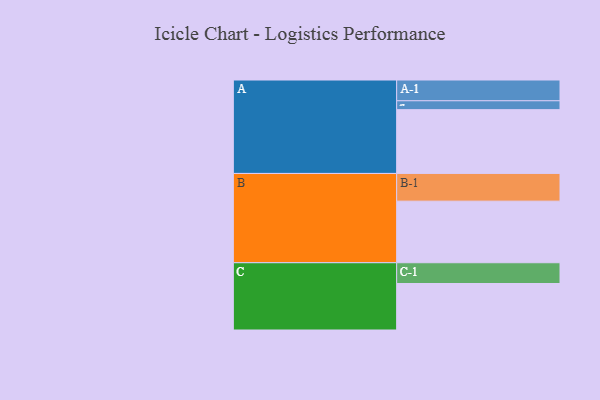
{"axis": {"x": "Segment", "y": "Value"}, "legend": ["", "A", "B", "C"], "data": [{"x": "A", "y": 553, "type": ""}, {"x": "B", "y": 534, "type": ""}, {"x": "C", "y": 403, "type": ""}, {"x": "A-1", "y": 180, "type": "A"}, {"x": "A-2", "y": 77, "type": "A"}, {"x": "B-1", "y": 240, "type": "B"}, {"x": "C-1", "y": 180, "type": "C"}]}